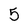
Character: 5